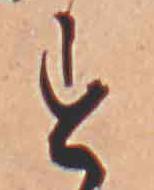
す